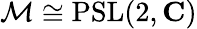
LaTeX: {\mathcal{M}}\cong\operatorname{PSL}(2,\mathbf{C})